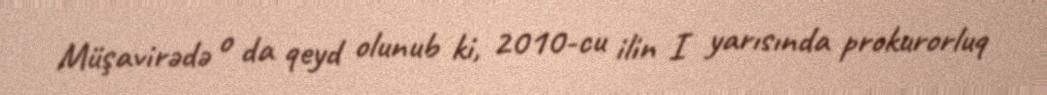
Müşavirədə o da qeyd olunub ki, 2010-cu ilin I yarısında prokurorluq